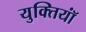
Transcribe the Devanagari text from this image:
युक्‍तियॉं